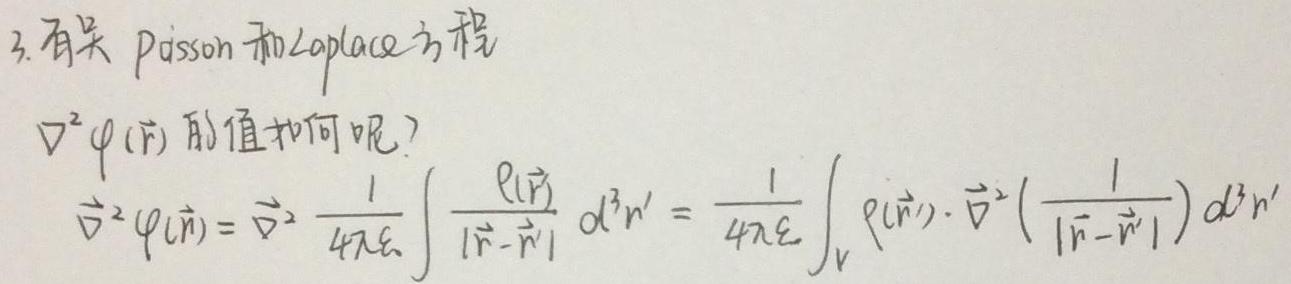
3. 有关 Poisson 和 Laplace 方程

$\nabla^{2} \varphi(\vec{r})$ 的值如何呢？

$\nabla^{2} \varphi(\vec{r})=\nabla^{2} \frac{1}{4 \pi \varepsilon} \int \frac{\rho(\vec{r}')}{|\vec{r}-\vec{r}'|} d^{3} r'=\frac{1}{4 \pi \varepsilon} \int_{V} \rho(\vec{r}') \cdot \nabla^{2}\left(\frac{1}{|\vec{r}-\vec{r}'|}\right) d^{3} r'$